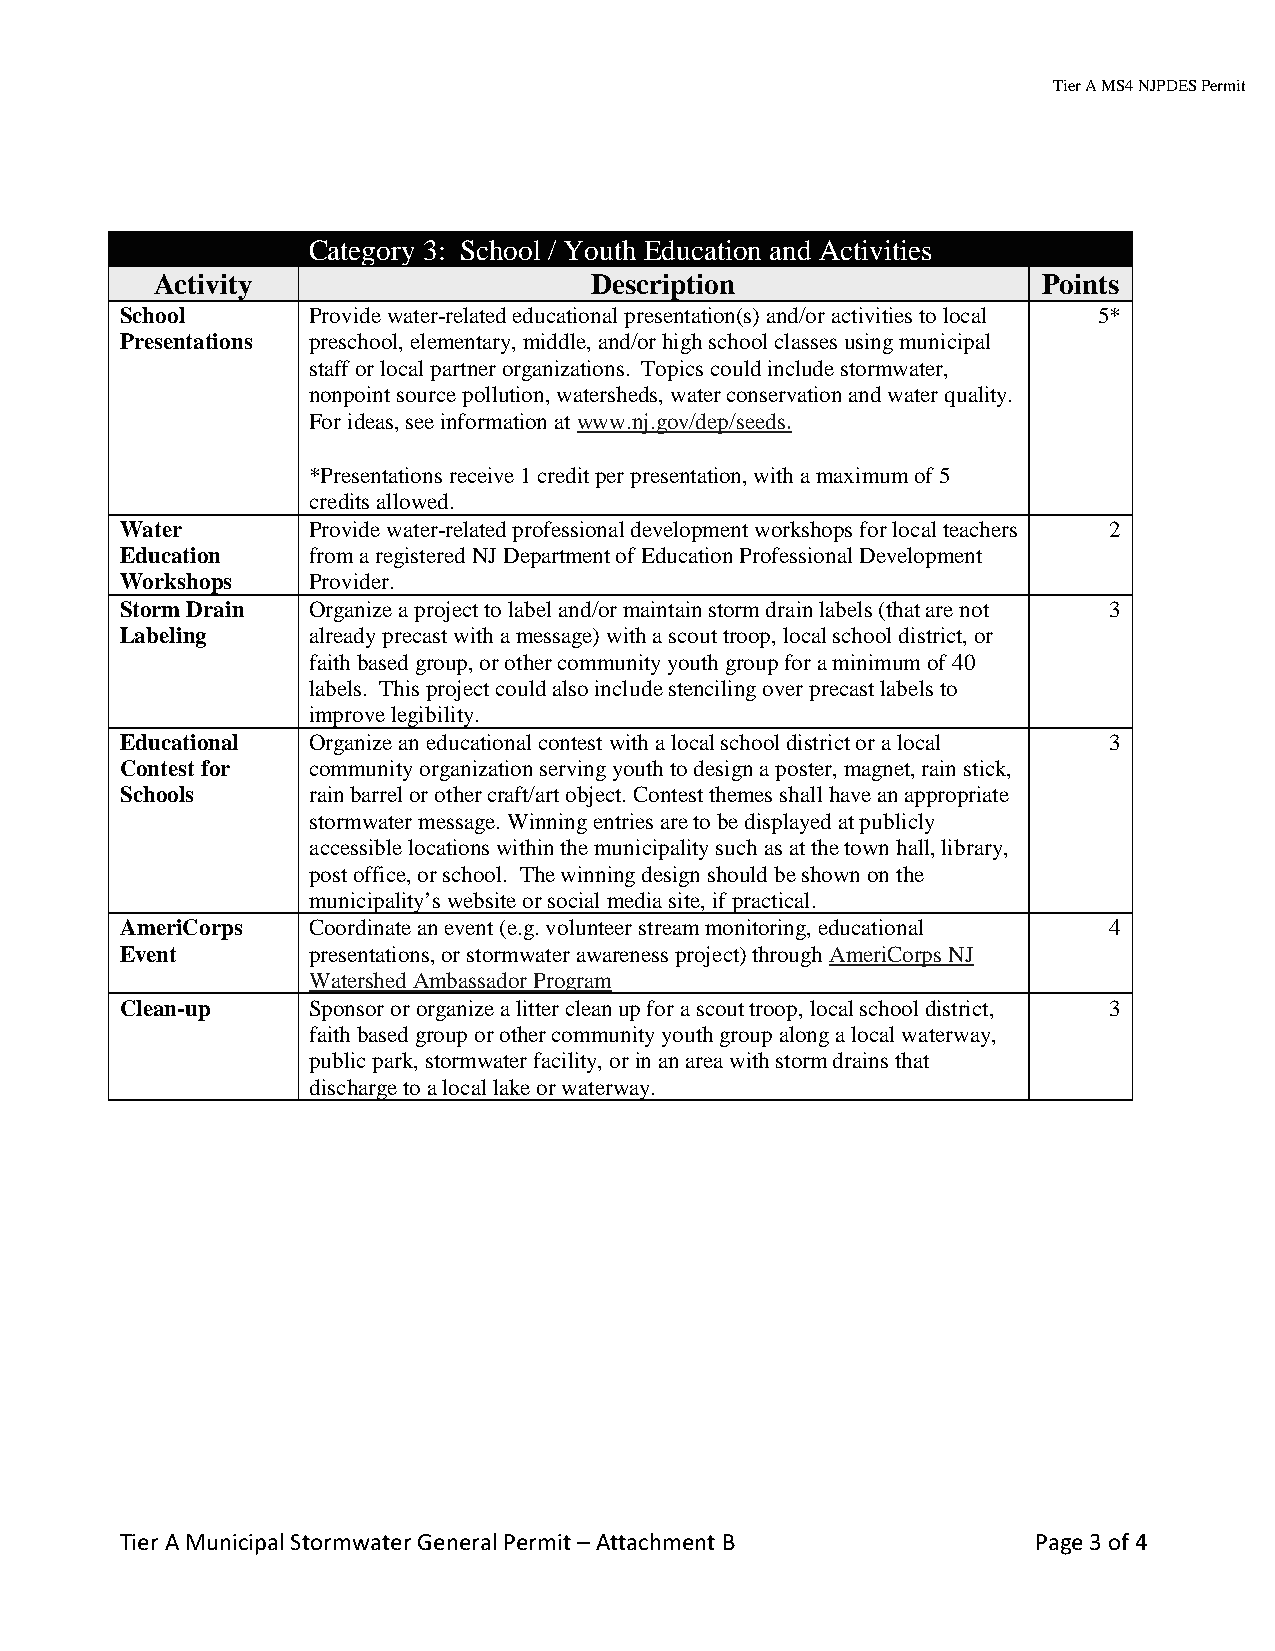
Tier A MS4 NJPDES Permit
 Category 3: School / Youth Education and Activities
 Activity                     Description                   Points
 School      Provide water-related educational presentation(s) and/or activities to local 5*
 Presentations preschool, elementary, middle, and/or high school classes using municipal
 staff or local partner organizations. Topics could include stormwater,
 nonpoint source pollution, watersheds, water conservation and water quality.
 .
 For ideas, see information at www.nj.gov/dep/seeds
 *Presentations receive 1 credit per presentation, with a maximum of 5
 credits allowed.
 Water       Provide water-related professional development workshops for local teachers 2
 Education   from a registered NJ Department of Education Professional Development
 Workshops   Provider.
 Storm Drain Organize a project to label and/or maintain storm drain labels (that are not 3
 Labeling    already precast with a message) with a scout troop, local school district, or
 faith based group, or other community youth group for a minimum of 40
 labels. This project could also include stenciling over precast labels to
 improve legibility.
 Educational Organize an educational contest with a local school district or a local 3
 Contest for community organization serving youth to design a poster, magnet, rain stick,
 Schools     rain barrel or other craft/art object. Contest themes shall have an appropriate
 stormwater message. Winning entries are to be displayed at publicly
 accessible locations within the municipality such as at the town hall, library,
 post office, or school. The winning design should be shown on the
 municipality’s website or social media site, if practical.
 AmeriCorps  Coordinate an event (e.g. volunteer stream monitoring, educational 4
 Event       presentations, or stormwater awareness project) through AmeriCorps NJ
 Watershed Ambassador Program
 Clean-up    Sponsor or organize a litter clean up for a scout troop, local school district, 3
 faith based group or other community youth group along a local waterway,
 public park, stormwater facility, or in an area with storm drains that
 discharge to a local lake or waterway.
 Tier A Municipal Stormwater General Permit – Attachment B    Page 3 of 4